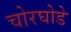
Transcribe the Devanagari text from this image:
चोरघोडे